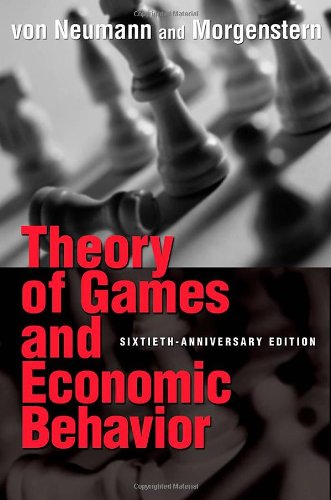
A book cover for Theory of Games and Economic Behavior (Princeton Classic Editions); John von Neumann; Science & Math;